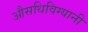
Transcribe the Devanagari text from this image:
औसधिविग्यानी